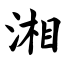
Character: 湘